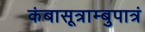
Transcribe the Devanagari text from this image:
कंबासूत्राम्बुपात्रं